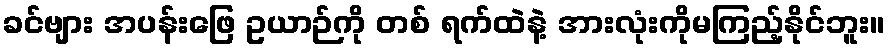
ခင်ဗျား အပန်းဖြေ ဥယာဉ်ကို တစ် ရက်ထဲနဲ့ အားလုံးကိုမကြည့်နိုင်ဘူး။